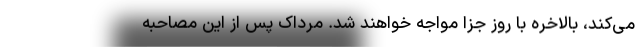
می‌کند، بالاخره با روز جزا مواجه خواهند شد. مرداک پس از این مصاحبه